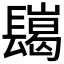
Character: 𨲲